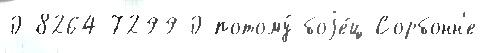
0-8264-7299-0 потому́ боjе́ц Сорбонн'е